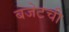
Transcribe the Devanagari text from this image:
बजेटची